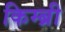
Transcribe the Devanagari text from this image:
किम्ब्री